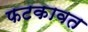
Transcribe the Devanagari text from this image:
फटकावत